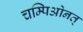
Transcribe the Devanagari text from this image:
चम्पिओनत्